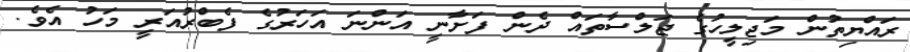
ރައްޔިތުން މަޖިލީހުގެ ޖަލްސާތައް ދެން ފަށާނީ އަންނަ އަހަރުގެ ފެބްރުއަރީ މަހު އެވެ.